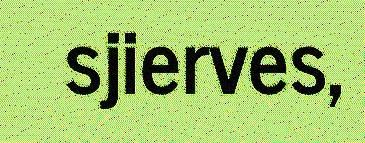
sjierves,